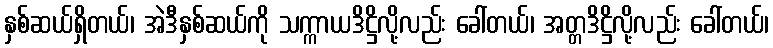
နှစ်ဆယ်ရှိတယ်၊ အဲဒီနှစ်ဆယ်ကို သက္ကာယဒိဋ္ဌိလို့လည်း ခေါ်တယ်၊ အတ္တဒိဋ္ဌိလို့လည်း ခေါ်တယ်၊